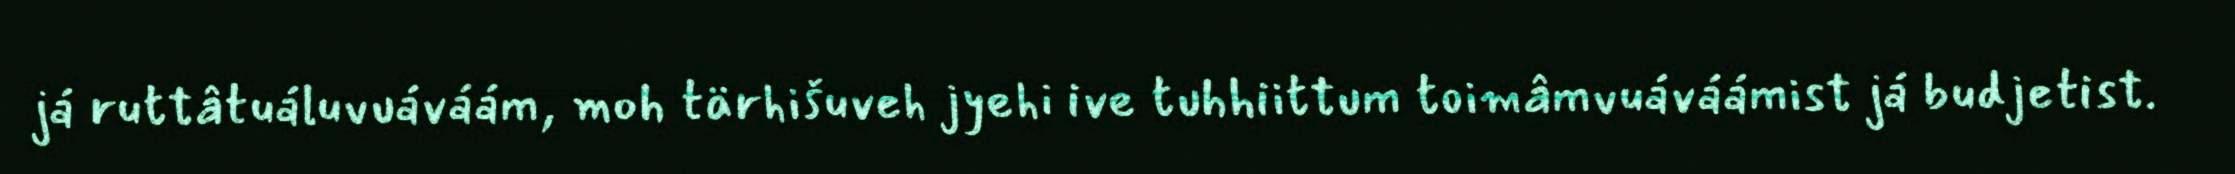
já ruttâtuáluvuáváám, moh tärhišuveh jyehi ive tuhhiittum toimâmvuáváámist já budjetist.